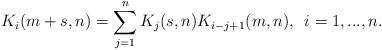
LaTeX: \begin{align*}K_i(m+s, n)=\sum_{j=1}^n K_j(s, n)K_{i-j+1}(m,n),\enskip i=1,...,n.\end{align*}